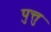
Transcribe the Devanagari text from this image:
पुत्तु